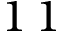
1 \, 1